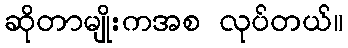
ဆိုတာမျိုးကအစ လုပ်တယ်။